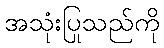
အသုံးပြုသည်ကို